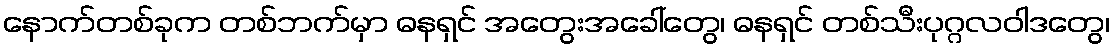
နောက်တစ်ခုက တစ်ဘက်မှာ ဓနရှင် အတွေးအခေါ်တွေ၊ ဓနရှင် တစ်သီးပုဂ္ဂလဝါဒတွေ၊